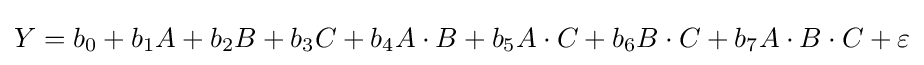
Y=b_{0}+b_{1}A+b_{2}B+b_{3}C+b_{4}A\cdot B+b_{5}A\cdot C+b_{6}B\cdot C+b_{7}A\cdot B\cdot C+\varepsilon